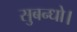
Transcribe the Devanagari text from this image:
सुबन्‍धो।